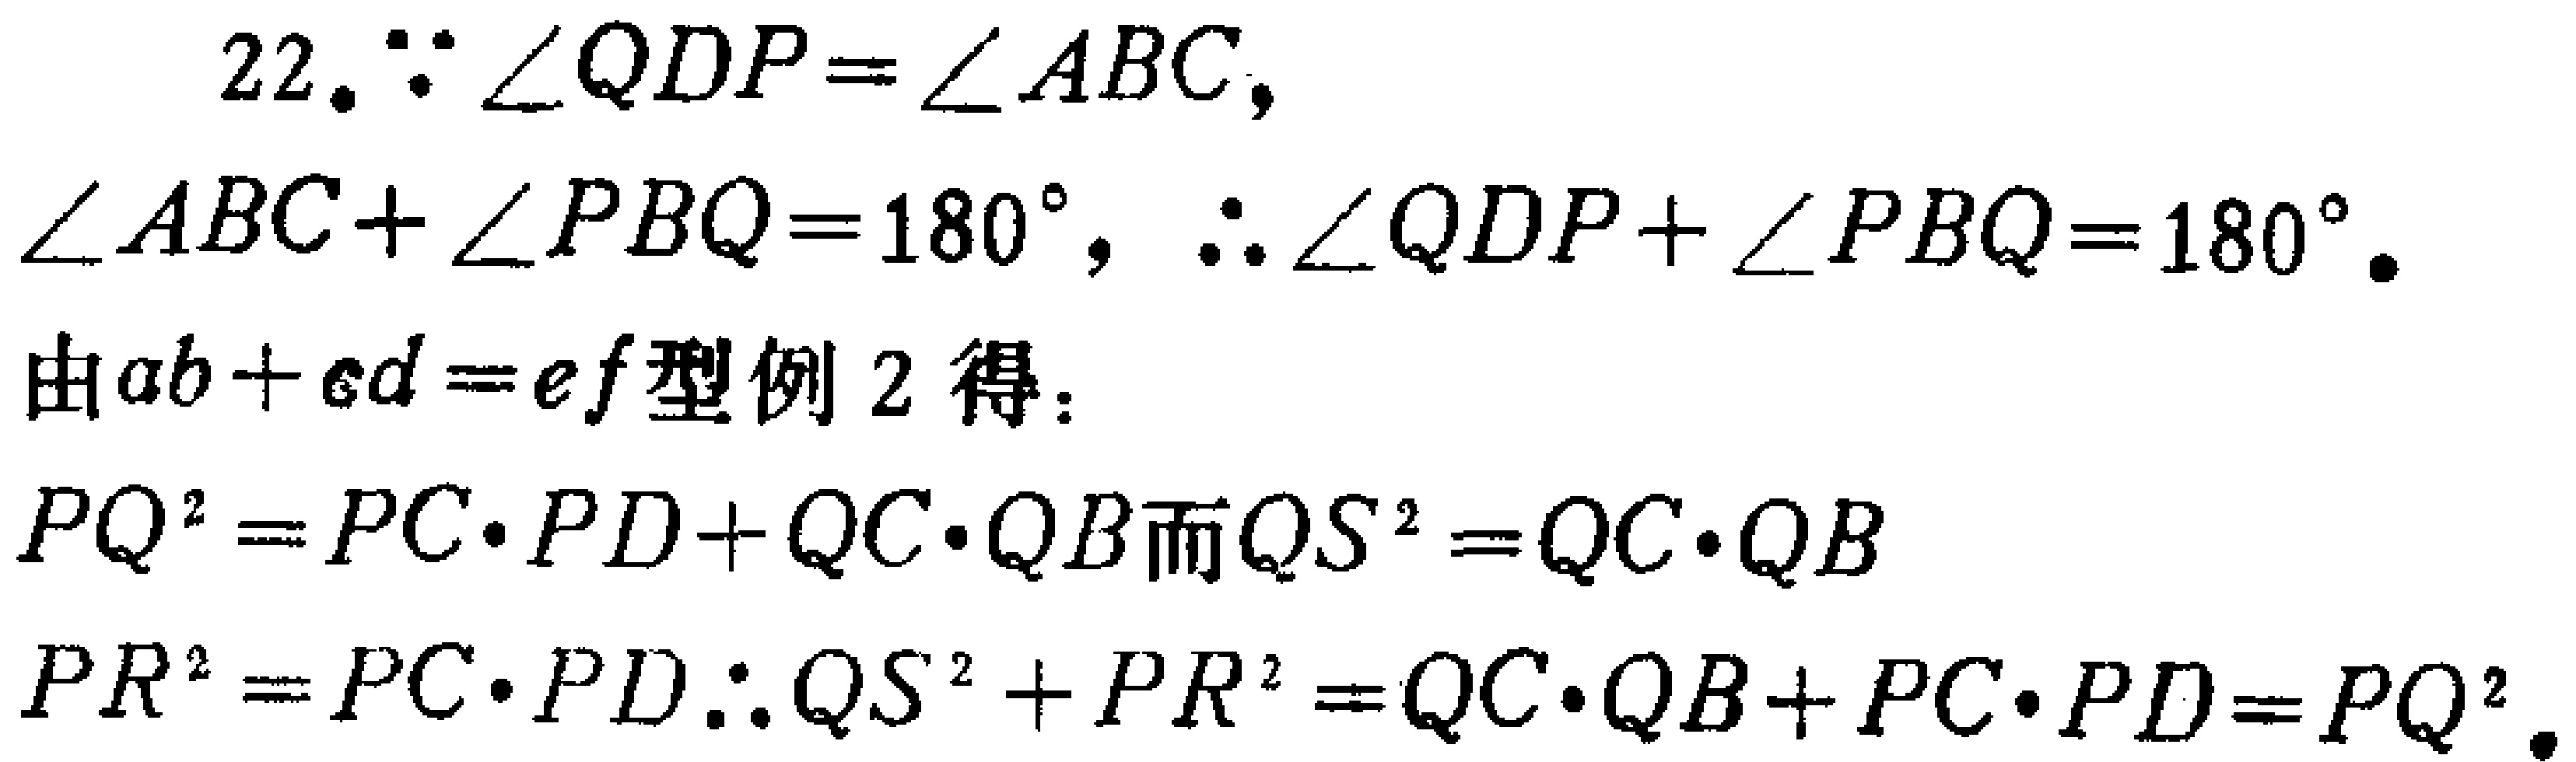
22. $\because \angle QDP = \angle ABC$,

$\angle ABC+\angle PBQ = 180^{\circ}$, $\therefore \angle QDP+\angle PBQ = 180^{\circ}$.

由$ab + cd = ef$型例 2 得：

$PQ^{2}=PC\cdot PD + QC\cdot QB$而$QS^{2}=QC\cdot QB$

$PR^{2}=PC\cdot PD\therefore QS^{2}+PR^{2}=QC\cdot QB + PC\cdot PD = PQ^{2}$.